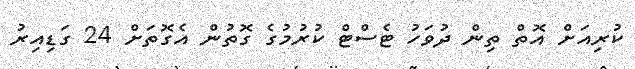
ކުރިއަށް އޮތް ތިން ދުވަހު ޓެސްޓް ކުރުމުގެ ގޮތުން އެގޮތަށް 24 ގަޑިއިރު